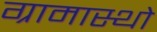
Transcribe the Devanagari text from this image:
ग्रामास्थो